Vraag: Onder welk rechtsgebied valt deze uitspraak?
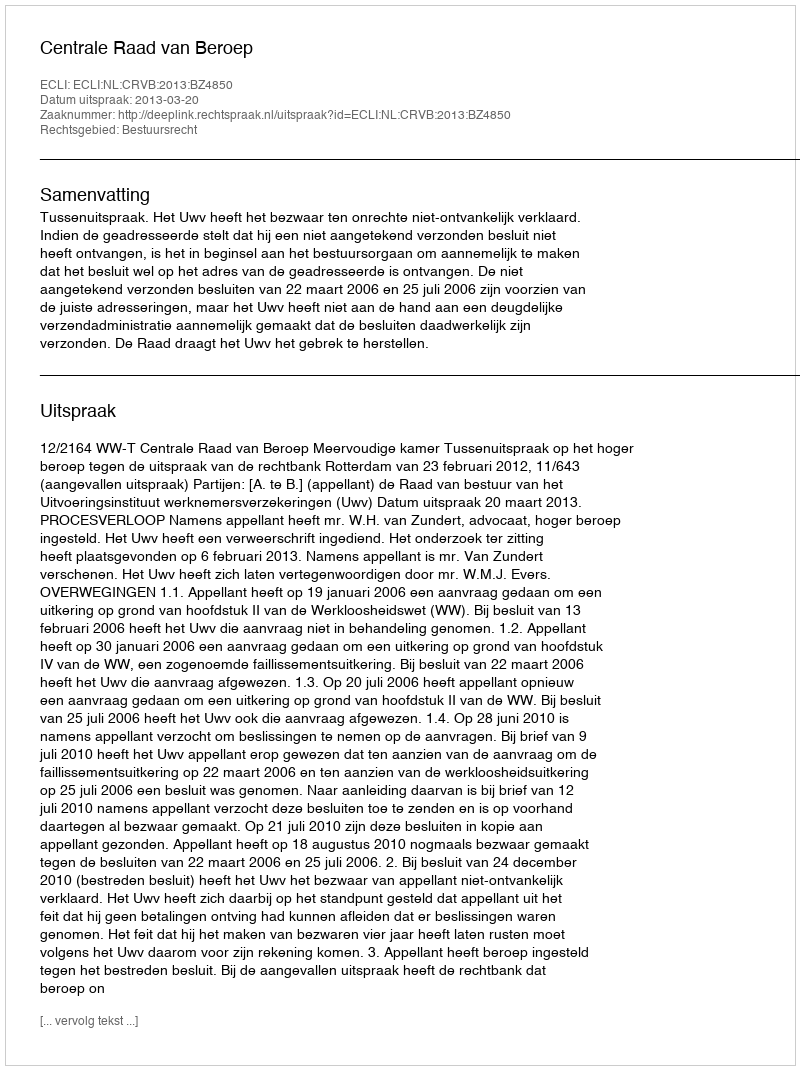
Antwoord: Bestuursrecht